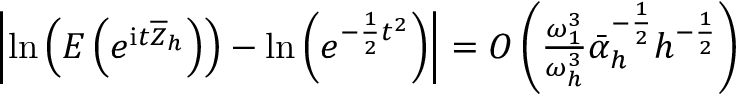
\begin{array} { r l r } & { } & { \left| \mathrm { l n } \left( E \left( e ^ { \mathrm { i } t \overline { { Z } } _ { h } } \right) \right) - \mathrm { l n } \left( e ^ { - \frac { 1 } { 2 } t ^ { 2 } } \right) \right| = O \left( \frac { \omega _ { 1 } ^ { 3 } } { \omega _ { h } ^ { 3 } } \bar { \alpha } _ { h } ^ { - \frac { 1 } { 2 } } h ^ { - \frac { 1 } { 2 } } \right) } \end{array}